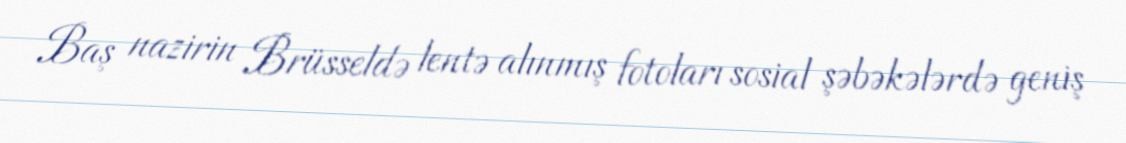
Baş nazirin Brüsseldə lentə alınmış fotoları sosial şəbəkələrdə geniş